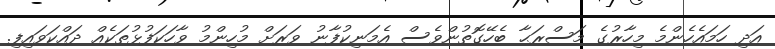
އަދި ހަމައެހެންމެ މިހާރުގެ މަސްރަޙާ ބެހޭގޮތުންވެސް އެމަނިކުފާނު ވަރަށް މުހިންމު ވާހަކަފުޅުތަކެއް ދައްކަވައިފި.